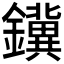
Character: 𮣪